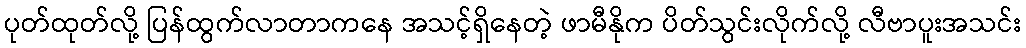
ပုတ်ထုတ်လို့ ပြန်ထွက်လာတာကနေ အသင့်ရှိနေတဲ့ ဖာမီနိုက ပိတ်သွင်းလိုက်လို့ လီဗာပူးအသင်း